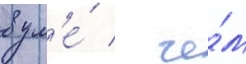
в ум'е́ / че́м